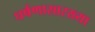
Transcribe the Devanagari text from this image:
घर्षणासारख्या